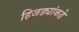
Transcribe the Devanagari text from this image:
हिजड्यांकडे